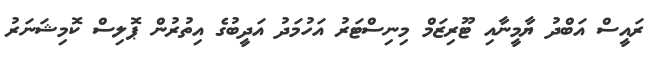
ރައީސް އަބްދު ޔާމީނާއި ޓޫރިޒަމް މިނިސްޓަރު އަހުމަދު އަދީބުގެ އިތުރުން ޕޮލިސް ކޮމިޝަނަރު